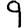
Digit: 9